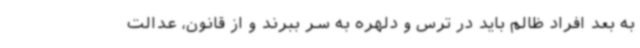
به بعد افراد ظالم باید در ترس و دلهره به سر ببرند و از قانون، عدالت